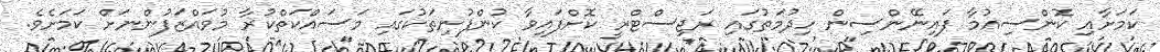
ކަމަށާއި ކޮންސިއުމާ ފައިނޭންސިން ހިދުމަތުގައި ރަޖިސްޓްރީ ކޮށްފައިވާ ކުންފުނިތަކުގައި މަސައްކަތްކުރާ މުވައްޒަފުންނަށް ކަމަށެވެ.